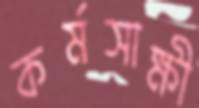
কর্মসাক্ষী